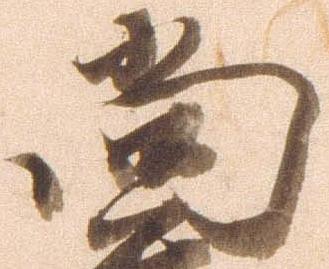
尚